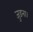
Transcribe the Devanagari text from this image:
जुड़ना।